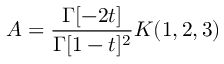
A = \frac { \Gamma [ - 2 t ] } { \Gamma [ 1 - t ] ^ { 2 } } K ( 1 , 2 , 3 )